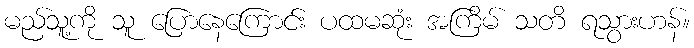
မည်သူ့ကို သူ ပြောနေကြောင်း ပထမဆုံး အကြိမ် သတိ ရသွားဟန်။